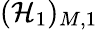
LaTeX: (\mathcal{H}_{1})_{M,1}